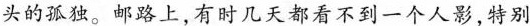
头的孤独。邮路上有时几天都看不到一个人影，特别